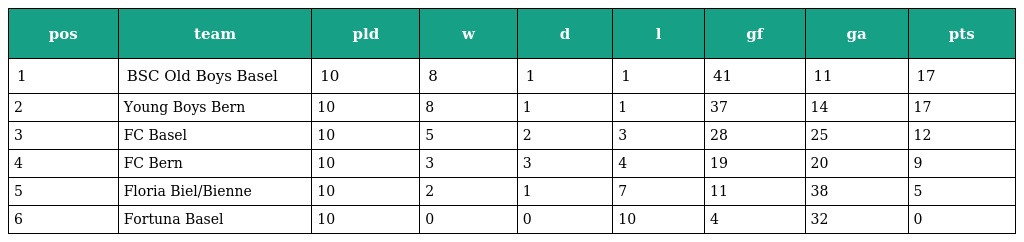
| pos | team | pld | w | d | l | gf | ga | pts |
 | --- | --- | --- | --- | --- | --- | --- | --- | --- |
 | 1 | BSC Old Boys Basel | 10 | 8 | 1 | 1 | 41 | 11 | 17 |
 | 2 | Young Boys Bern | 10 | 8 | 1 | 1 | 37 | 14 | 17 |
 | 3 | FC Basel | 10 | 5 | 2 | 3 | 28 | 25 | 12 |
 | 4 | FC Bern | 10 | 3 | 3 | 4 | 19 | 20 | 9 |
 | 5 | Floria Biel/Bienne | 10 | 2 | 1 | 7 | 11 | 38 | 5 |
 | 6 | Fortuna Basel | 10 | 0 | 0 | 10 | 4 | 32 | 0 |